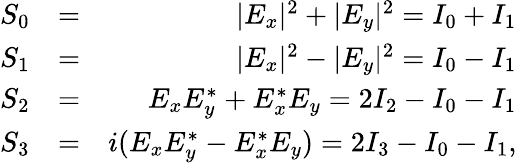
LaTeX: \begin{array}{rlr}{S_{0}}&{=}&{|E_{x}|^{2}+|E_{y}|^{2}=I_{0}+I_{1}}\\ {S_{1}}&{=}&{|E_{x}|^{2}-|E_{y}|^{2}=I_{0}-I_{1}}\\ {S_{2}}&{=}&{E_{x}E_{y}^{*}+E_{x}^{*}E_{y}=2I_{2}-I_{0}-I_{1}}\\ {S_{3}}&{=}&{i(E_{x}E_{y}^{*}-E_{x}^{*}E_{y})=2I_{3}-I_{0}-I_{1},}\end{array}